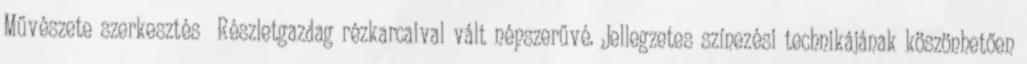
Művészete szerkesztés Részletgazdag rézkarcaival vált népszerűvé. Jellegzetes színezési technikájának köszönhetően